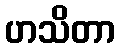
ဟသိတာ